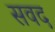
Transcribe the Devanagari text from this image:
सवद